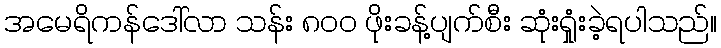
အမေရိကန်ဒေါ်လာ သန်း ၈၀၀ ဖိုးခန့်ပျက်စီး ဆုံးရှုံးခဲ့ရပါသည်။